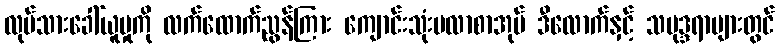
လုပ်သားခေါ်ယူမှုကို လက်ထောက်ညွန်ကြား ကျောင်းသုံးဗလာစာအုပ် ဒီလောက်နှင့် သမုဒ္ဒရာများတွင်